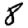
Digit: 8